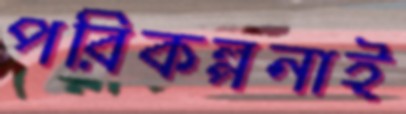
পরিকল্পনাই